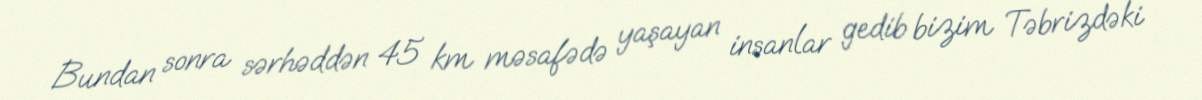
Bundan sonra sərhəddən 45 km məsafədə yaşayan insanlar gedib bizim Təbrizdəki